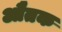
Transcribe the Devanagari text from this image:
औतक